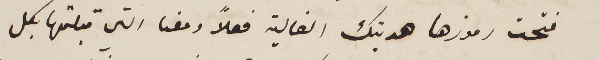
فتحت رموزها هديتك الغالية فعلاً ومعنا التي قبلتها بكل